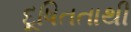
દૂષિતતાથી